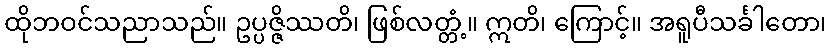
ထိုဘဝင်သညာသည်။ ဥပ္ပဇ္ဇိဿတိ၊ ဖြစ်လတ္တံ့။ ဣတိ၊ ကြောင့်။ အရူပီသင်္ခါတော၊